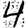
Digit: 4